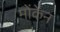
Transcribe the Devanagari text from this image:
मोंकेन